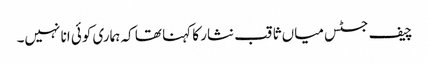
چیف جسٹس میاں ثاقب نثار کا کہنا تھا کہ ہماری کوئی انا نہیں۔